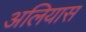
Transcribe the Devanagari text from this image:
अलियास